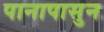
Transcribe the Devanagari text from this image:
पानापासुन